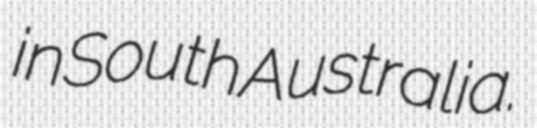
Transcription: in South Australia.